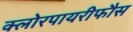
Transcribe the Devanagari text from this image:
क्लोरपायरीफौस